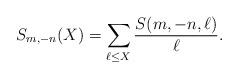
LaTeX: \begin{align*}S_{m,-n}(X) = \sum_{\ell \leq X} \frac{S(m,-n, \ell)}{\ell}. \end{align*}